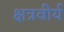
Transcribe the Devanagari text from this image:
क्षत्रवीर्य